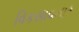
વિકસાવનાર